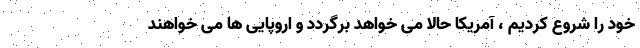
خود را شروع کردیم ، آمریکا حالا می خواهد برگردد و اروپایی ها می خواهند